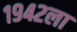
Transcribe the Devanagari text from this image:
१९४२ला